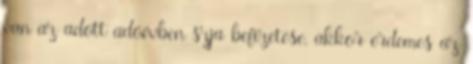
van az adott adóévben szja befizetése, akkor érdemes az